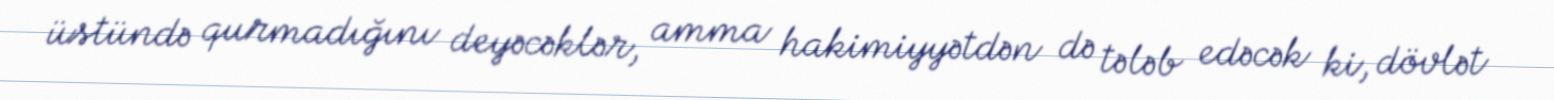
üstündə qurmadığını deyəcəklər, amma hakimiyyətdən də tələb edəcək ki, dövlət